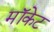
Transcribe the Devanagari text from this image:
मॉकेट